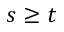
s \geq t